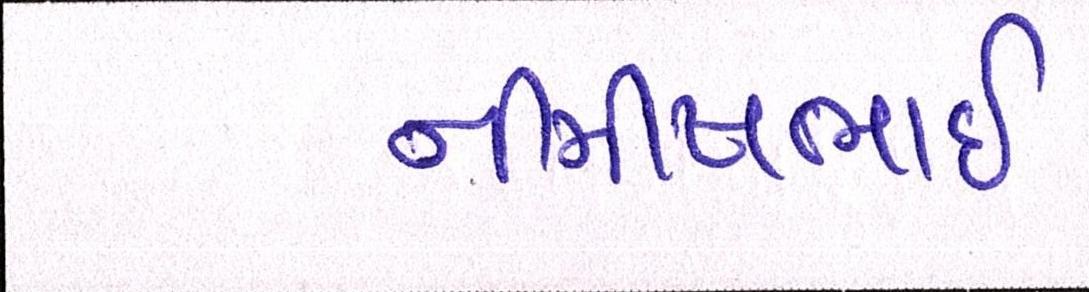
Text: નીમીષભાઈ